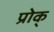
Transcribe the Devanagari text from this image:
प्रोक्